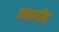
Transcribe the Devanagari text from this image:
जन्मगीत